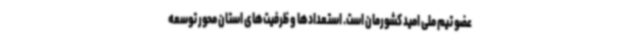
عضو تیم ملی امید کشورمان است. استعدادها و ظرفیت‌های استان محور توسعه